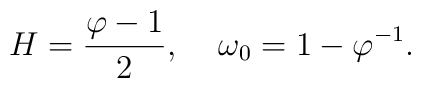
H=\frac{\varphi-1}{2},\;\;\;\;\omega_0=1-\varphi^{-1} .